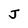
Character: J